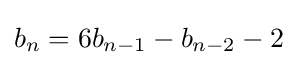
b_{n}=6b_{n-1}-b_{n-2}-2